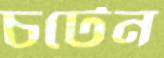
চটেন